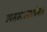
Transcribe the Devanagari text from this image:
उपसभाध्यक्षपेनल